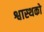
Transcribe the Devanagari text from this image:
श्वास्थको